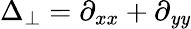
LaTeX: \Delta_{\perp}=\partial_{xx}+\partial_{\mathit{y}\mathit{y}}